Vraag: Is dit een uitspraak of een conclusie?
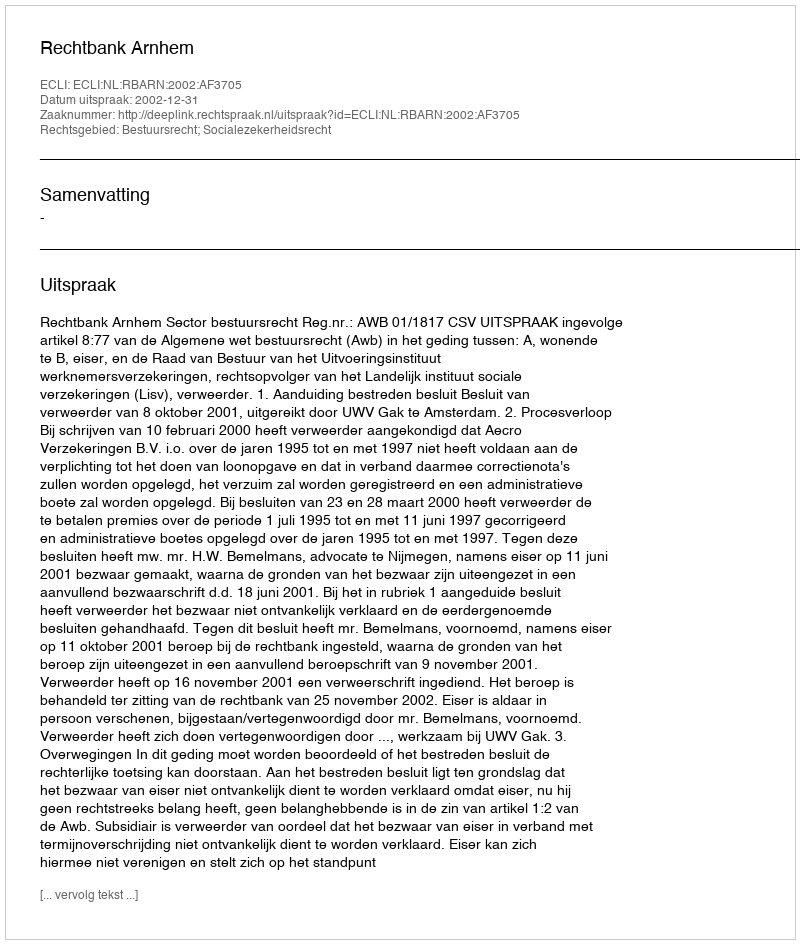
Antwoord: Uitspraak